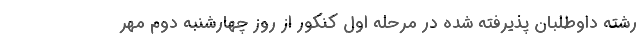
رشته داوطلبان پذیرفته شده در مرحله اول کنکور از روز چهارشنبه دوم مهر